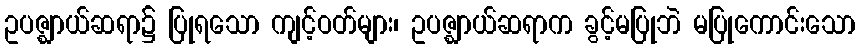
ဥပဇ္ဈာယ်ဆရာ၌ ပြုရသော ကျင့်ဝတ်များ၊ ဥပဇ္ဈာယ်ဆရာက ခွင့်မပြုဘဲ မပြုကောင်းသော